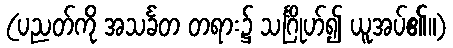
(ပညတ်ကို အသင်္ခတ တရား၌ သင်္ဂြိုဟ်၍ ယူအပ်၏။)